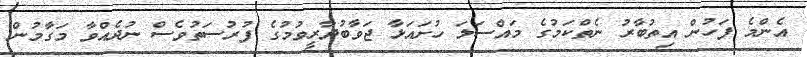
އެންމެ ފަހުން އިތުބާރު ނެތްކަމުގެ މައްސަލަ ހުށައަޅާ ޖަވާބުދާރީވުމުގެ ފުރުސަތުވެސް ނުދެއްވާ މަގާމުން